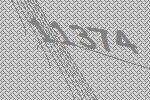
11374